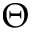
\Theta